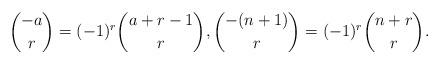
LaTeX: \begin{align*}\binom{-a}{r} = (-1)^r \binom{a+r-1}{r}, \binom{-(n+1)}{r} =(-1)^r \binom{n+r}{r}.\end{align*}